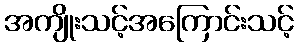
အကျိုးသင့်အကြောင်းသင့်